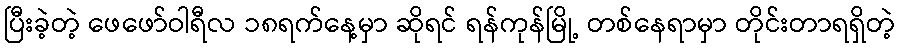
ပြီးခဲ့တဲ့ ဖေဖော်ဝါရီလ ၁၈ရက်နေ့မှာ ဆိုရင် ရန်ကုန်မြို့ တစ်နေရာမှာ တိုင်းတာရရှိတဲ့